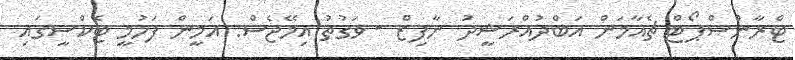
ޓްރާންސްޕޯޓް ޗެއާމަން އަބްދުއްރަޝީދު ނާފިޒް - ވަގުތު އިމޭޖެސް: އަމީން ފަހުމީ ޓެކްސީގައި